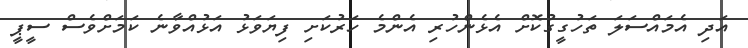
އަދި އެމައްސަލަ ތަހުގީގުކޮށް އެޅެންހުރި އެންމެ ހަރުކަށި ފިޔަވަޅު އަޅުއްވާނެ ކަމަށްވެސް ސީޕީ